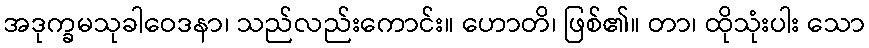
အဒုက္ခမသုခါဝေဒနာ၊ သည်လည်းကောင်း။ ဟောတိ၊ ဖြစ်၏။ တာ၊ ထိုသုံးပါး သော